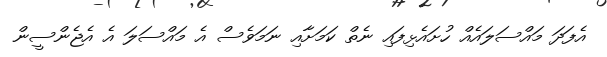
އެފަދަ މައްސަލައެއް ހުށައެޅިފައި ނެތް ކަމަށާއި ނަމަވެސް އެ މައްސަލަ އެ އެޖެންސީން